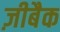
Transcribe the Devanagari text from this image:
ज़ीबैक